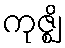
ကုဇ္ဈိ